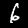
Label: 6